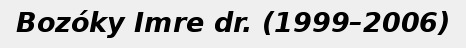
Bozóky Imre dr. (1999–2006)